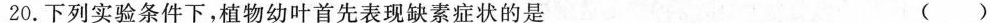
20.下列实验条件下，植物幼叶首先表现缺素症状的是 ( )